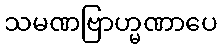
သမဏဗြာဟ္မဏာပေ